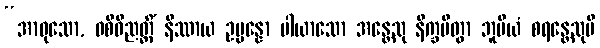
“အာဝုသော, ဝစီဝိညတ္တိံ နိဿာယ ဥပ္ပန္နော ပါယာသော အန္တေသု နိက္ခမိတွာ ဘူမိယံ စရန္တေသုပိ